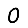
Digit: 0